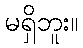
မရှိဘူး။